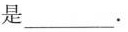
是___。